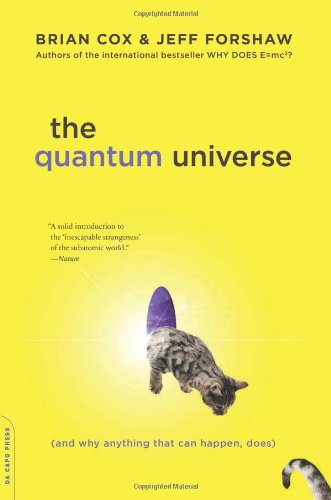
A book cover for The Quantum Universe: (And Why Anything That Can Happen, Does); Brian Cox; Science & Math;